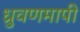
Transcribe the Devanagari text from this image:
ध्रुवणमापी